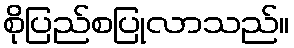
စိုပြည်စပြုလာသည်။